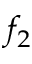
f _ { 2 }